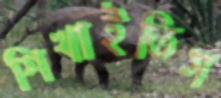
শিখাইতিস